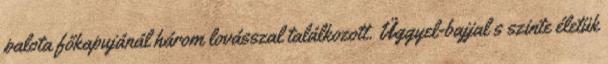
palota főkapujánál három lovásszal találkozott. Üggyel-bajjal s szinte életük